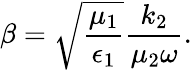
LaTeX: \beta=\sqrt{\frac{\mu_{1}}{\epsilon_{1}}}\frac{k_{2}}{\mu_{2}\omega}.